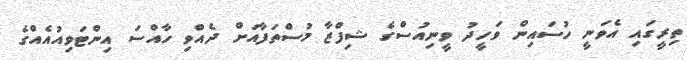
ތިރީގައި އެވަނީ ހުސައިން ވަހީދު ވީނިއުސްގެ ޝިފްޒާ މުސްތަފާއަށް ދެއްވި ހާއްސަ އިންޓަވިއުއެއްގެ